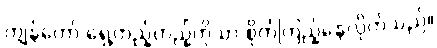
ကျွန်တော် ရှေ့တည့်တည့်ကိုသာ စိုက်ကြည့်နေလိုက်သည်။